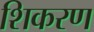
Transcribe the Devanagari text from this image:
शिकरण